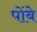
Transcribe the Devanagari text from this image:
पोंबे